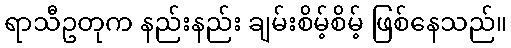
ရာသီဥတုက နည်းနည်း ချမ်းစိမ့်စိမ့် ဖြစ်နေသည်။